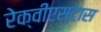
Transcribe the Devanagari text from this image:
रेक्वीएस्टास